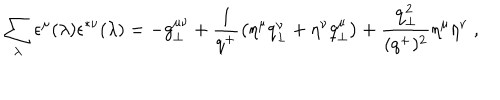
LaTeX: \sum _ { \lambda } \epsilon ^ { \mu } ( \lambda ) \epsilon ^ { * \nu } ( \lambda ) = - g _ { \perp } ^ { \mu \nu } + { \frac { 1 } { q ^ { + } } } \bigl ( \eta ^ { \mu } q _ { \perp } ^ { \nu } + \eta ^ { \nu } q _ { \perp } ^ { \mu } \bigr ) + { \frac { { \bf q } _ { \perp } ^ { 2 } } { ( q ^ { + } ) ^ { 2 } } } \eta ^ { \mu } \eta ^ { \nu } \; ,